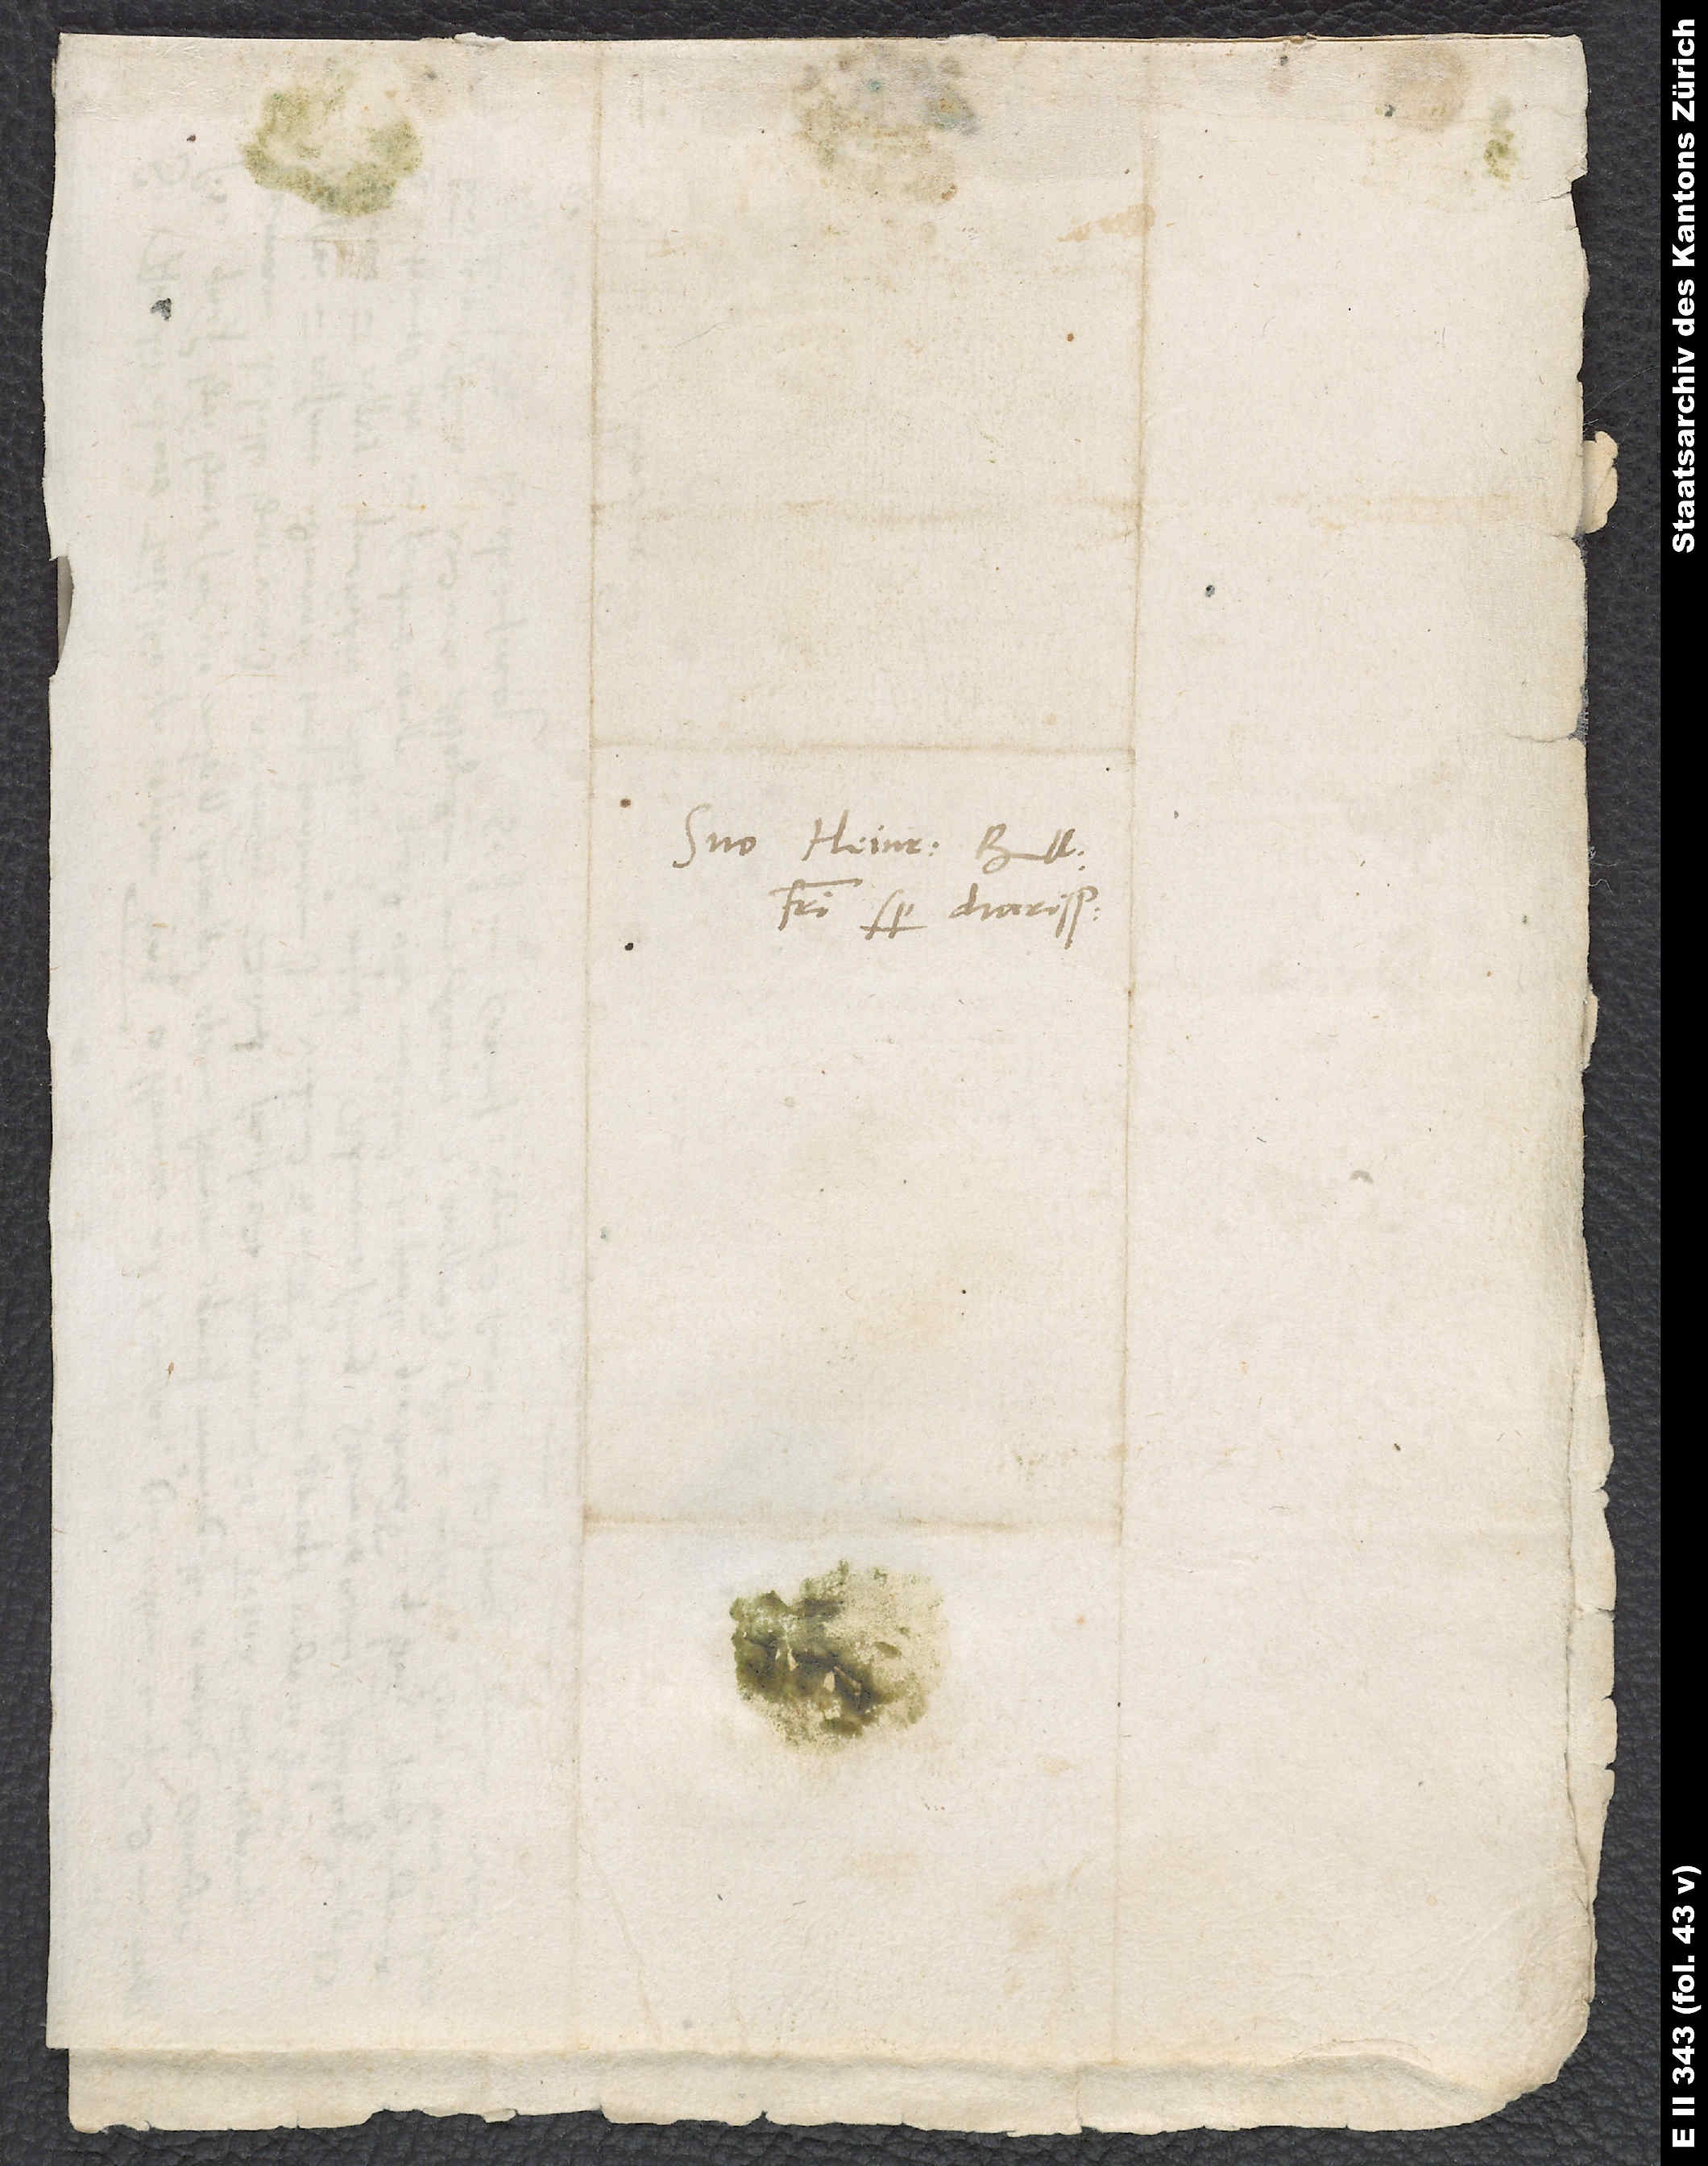
Suo Heinrico Bullingero,
fratri semper charissimo.